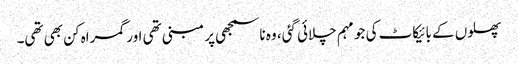
پھلوں کے بائیکاٹ کی جو مہم چلائی گئی، وہ ناسمجھی پر مبنی تھی اور گمراہ کن بھی تھی۔